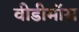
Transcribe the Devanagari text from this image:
वीडीमॉस